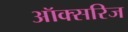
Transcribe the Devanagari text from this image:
ऑक्सरिज